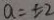
a = \pm 2